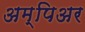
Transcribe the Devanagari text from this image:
अम्पिअर